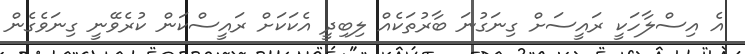
އެ އިސްލާހަކީ ރައީސަށް ގިނަގުނަ ބާރުތަކެއް ލިބިދީ އެކަކަށް ރައީސްކަން ކުރެވޭނީ ގިނަވެގެން